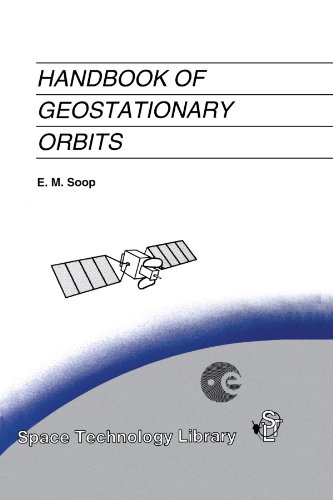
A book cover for Handbook of Geostationary Orbits (Space Technology Library); E.M. Soop; Law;